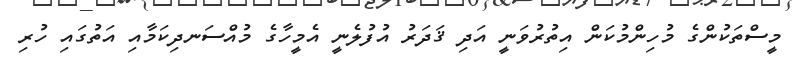
މީސްތަކުންގެ މުހިންމުކަން އިތުރުވަނީ އަދި ޤަދަރު އުފުލެނީ އެމީހާގެ މުއްސަނދިކަމާއި އަތުގައި ހުރި